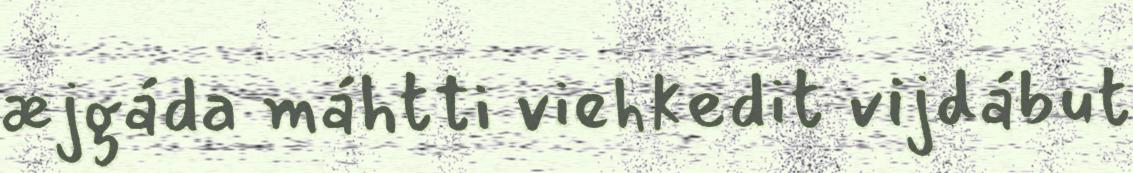
æjgáda máhtti viehkedit vijdábut